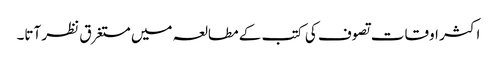
اکثر اوقات تصوف کی کتب کے مطالعہ میں مستغرق نظر آتا۔